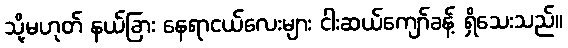
သို့မဟုတ် နယ်ခြား နေရာငယ်လေးများ ငါးဆယ်ကျော်ခန့် ရှိသေးသည်။